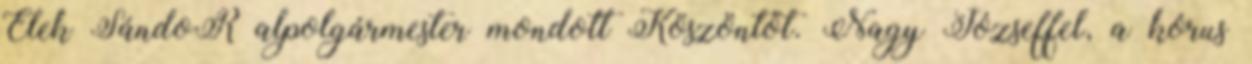
Elek SándoR alpolgármester mondott Köszöntőt. Nagy Józseffel, a kórus